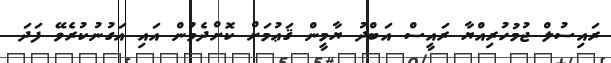
ރައިސުލް ޖުމުހުރިއްޔާ ރައީސް އަބްދު ޔާމީން ޤަޢުމަށް ކޮށްދެމުން އައި އަގުނުކުރެވޭ ފަދަ